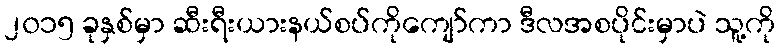
၂၀၁၅ ခုနှစ်မှာ ဆီးရီးယားနယ်စပ်ကိုကျော်ကာ ဒီလအစပိုင်းမှာပဲ သူ့ကို